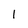
Character: 1